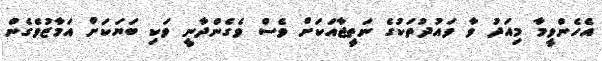
އެހެންވީމާ މިއަދު ވާ ވައުދުތަކުގެ ނަތީޖާއަކަށް ވެސް ވެގެންދާނީ ވަކި ބަޔަކަށް އަމާޒުވެގެން